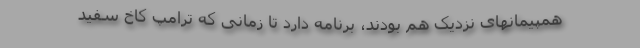
همپیمانهای نزدیک هم بودند، برنامه دارد تا زمانی که ترامپ کاخ سفید